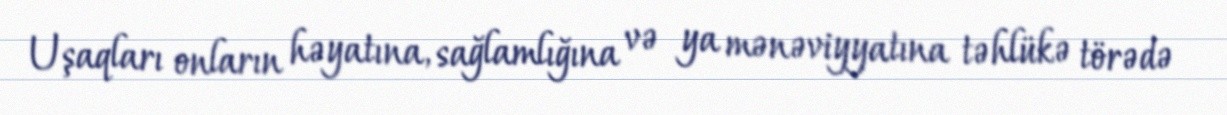
Uşaqları onların həyatına, sağlamlığına və ya mənəviyyatına təhlükə törədə